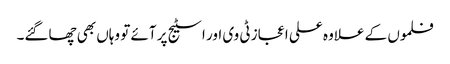
فلموں کے علاوہ علی اعجاز ٹی وی اور اسٹیج پر آئے تو وہاں بھی چھاگئے۔